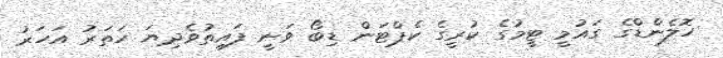
ހޮލެންޑްގެ ގައުމީ ޓީމުގެ ކުރީގެ ކެޕްޓަން ޑިބޯ ވަނީ ފައިތުވެދިޔަ ހަތަރު އަހަރު